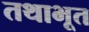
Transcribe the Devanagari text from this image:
तथाभूत